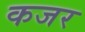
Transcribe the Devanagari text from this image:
कजर